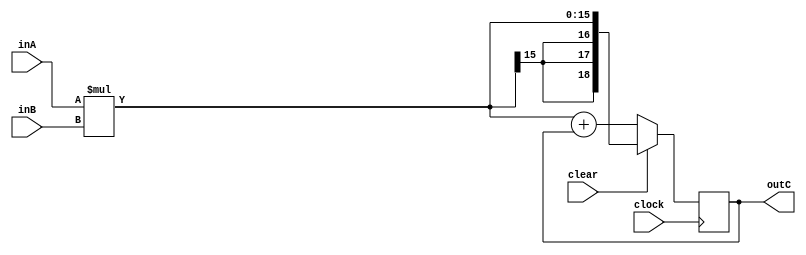
`timescale 1ns/10ps
module MAC(
	input signed [7:0] inA,
	input signed [7:0] inB,
	input clear,
	input clock,
	output reg signed [18:0] outC
	);
	
	always @ (negedge clock) begin
	if (clear == 1'b1)
		outC <= inA*inB;
	else if (clear == 1'b0)
		outC <= inA*inB + outC;
	end
		
endmodule